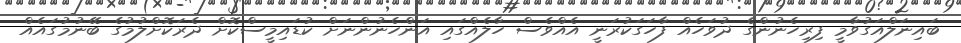
ބައިނަލްއަގުވާމީ ފިރިހެނުންގެ ދުވަހެއް ފާހަގަކުރަނީ އެއްވެސް ހާލެއްގައި އަންހެނުންނަށް ކުޑައިމީސްކޮށް ދެރަކޮށްލުމުގެ ބޭނުމުގައެއް